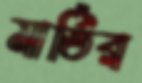
মার্তির